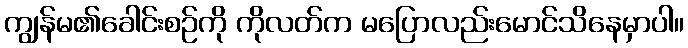
ကျွန်မ၏ခေါင်းစဉ်ကို ကိုလတ်က မပြောလည်းမောင်သိနေမှာပါ။